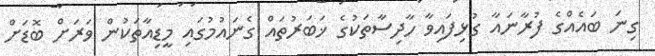
ގިނަ ބައެއްގެ ފުރާނައާ ގުޅިފައިވާ ހާދިސާތަކުގެ ޚަބަރުތައް ގެނައުމުގައި މީޑިއާތަކުން ވަރަށް ބޮޑަށް